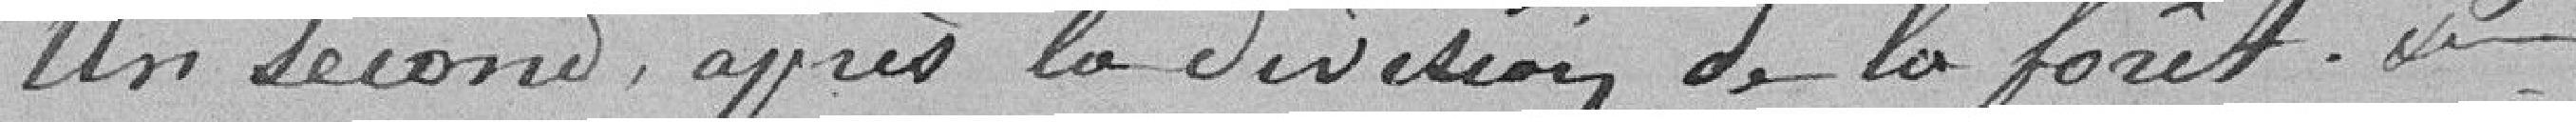
Un second après la division de la forêt